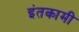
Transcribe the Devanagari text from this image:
इंतकामी